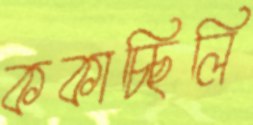
ককাচ্ছিলি